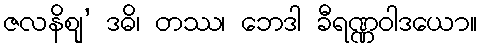
ဇလနိဈု’ ဒဓိ၊ တဿ၊ ဘေဒါ ခီရဏ္ဏဝါဒယော။